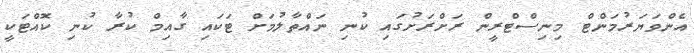
އެންވަޔަރުމަންޓް މިނިސްޓްރީން ރަށްރަށުގައި ކުނި ނައްތާލުމަށް ޓަކައި ގާއިމް ކުރާ ކުނި ކޮއްޓަކީ